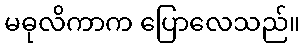
မဓုလိကာက ပြောလေသည်။